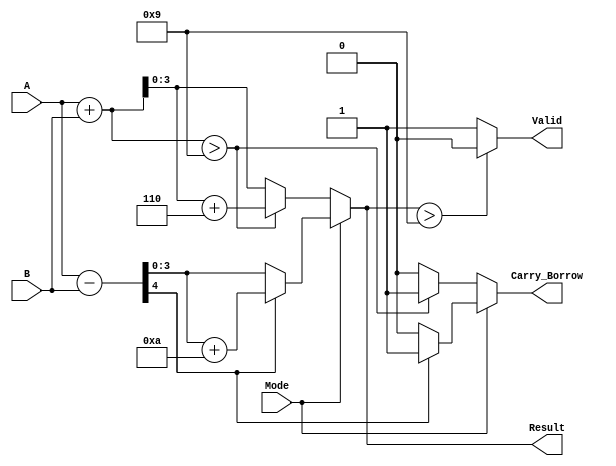
module BCD_Add_Subtracter (
    input [3:0] A,          // First BCD operand
    input [3:0] B,          // Second BCD operand
    input Mode,             // Mode selection: 0 for addition, 1 for subtraction
    output reg [3:0] Result, // BCD result of the operation
    output reg Carry_Borrow, // Carry out or borrow indicator
    output reg Valid         // Validity of the BCD result
);

    reg [4:0] Sum;          // 5 bits for sum to handle carry
    reg [4:0] Sub;          // 5 bits for subtraction to handle borrow

    always @(*) begin
        Carry_Borrow = 0;   // Default carry/borrow
        Valid = 1;          // Default validity

        if (Mode == 0) begin // Addition
            Sum = A + B;     // Perform binary addition

            // Check for BCD correction
            if (Sum > 9) begin
                Sum = Sum + 6; // Add correction factor
                Carry_Borrow = 1; // Set carry flag
            end
            
            Result = Sum[3:0]; // Take the lower 4 bits as result

        end else begin // Subtraction
            Sub = A - B;      // Perform binary subtraction

            // Check for borrow condition
            if (Sub[4] == 1) begin // If the result is negative
                Sub = Sub + 10; // Add 10 to correct the result
                Carry_Borrow = 1; // Set borrow flag
            end
            
            Result = Sub[3:0]; // Take the lower 4 bits as result
        end

        // Check if the result is a valid BCD number
        if (Result > 9) begin
            Valid = 0; // Not a valid BCD number
        end
    end

endmodule